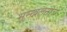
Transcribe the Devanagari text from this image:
भूस्खलनाचे